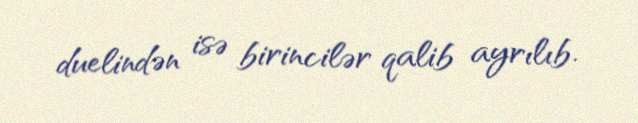
duelindən isə birincilər qalib ayrılıb.